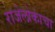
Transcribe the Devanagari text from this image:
राजेलोकांचा